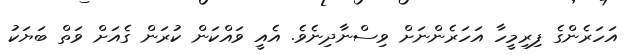
އަހަރެންގެ ފިރިމީހާ އަހަރެންނަށް ވިސްނާދިނެވެ. އެއީ ވައްކަން ކުރަން ގެއަށް ވަތްް ބަޔަކު